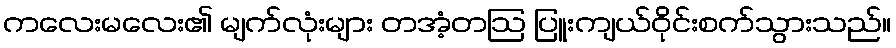
ကလေးမလေး၏ မျက်လုံးများ တအံ့တဩ ပြူးကျယ်ဝိုင်းစက်သွားသည်။